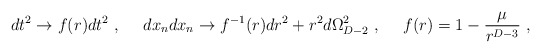
\begin{align*}dt^2 \to f(r) dt^2 \ , \ \ \ \ dx_n dx_n \to f^{-1} (r) dr^2 + r^2 d \Omega^2_{D-2}\ , \ \ \ \ f(r) = 1 - {\mu\over r^{D-3}} \ , \end{align*}